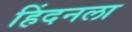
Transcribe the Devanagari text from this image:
हिंदनला